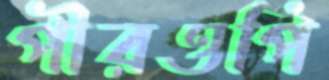
পীরওপি